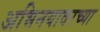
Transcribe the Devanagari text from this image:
अभिनयावरच्या